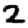
Digit: 2